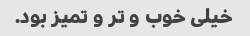
خیلی خوب و تر و تمیز بود.